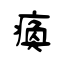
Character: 瘓